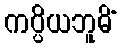
ကပ္ပိယဘူမိံ